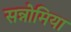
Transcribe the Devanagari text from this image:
सन्नोमिया